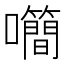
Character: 𡅉